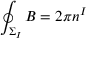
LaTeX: \oint _ { \Sigma _ { I } } B = 2 \pi { } n ^ { I }